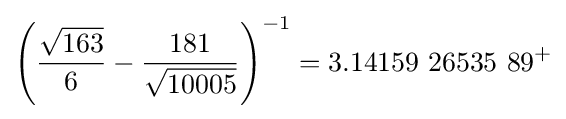
\left({\frac {\sqrt {163}}{6}}-{\frac {181}{\sqrt {10005}}}\right)^{-1}=3.14159\ 26535\ 89^{+}